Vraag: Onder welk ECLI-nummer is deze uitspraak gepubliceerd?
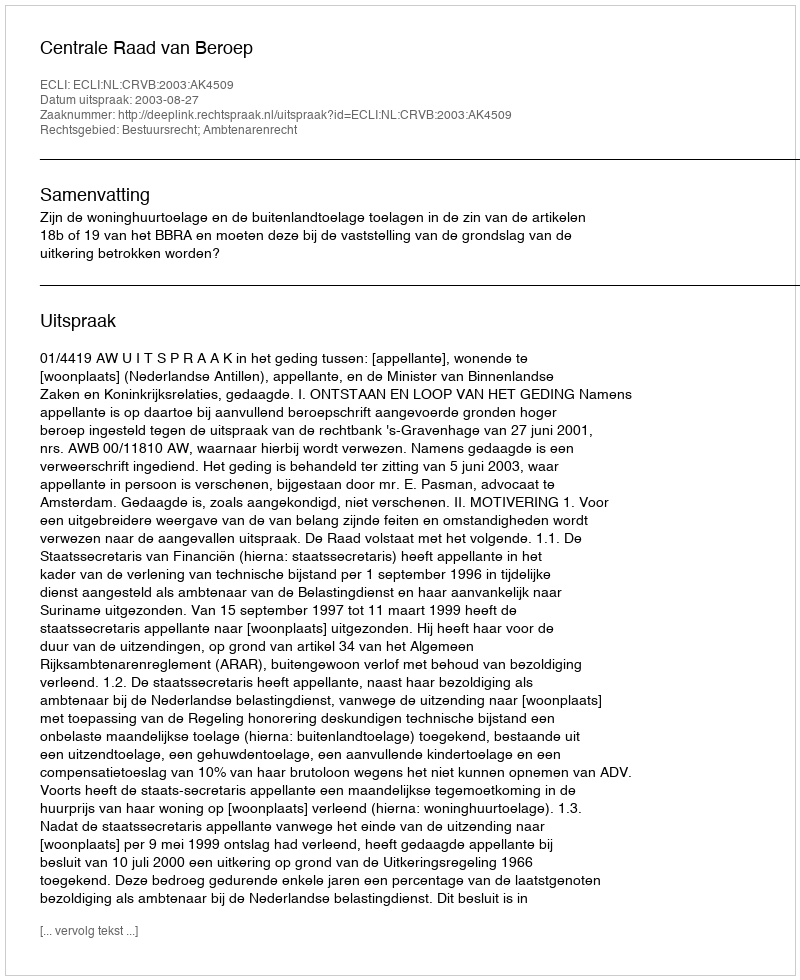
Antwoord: ECLI:NL:CRVB:2003:AK4509